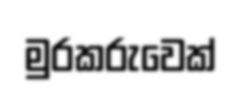
මුරකරුවෙක්